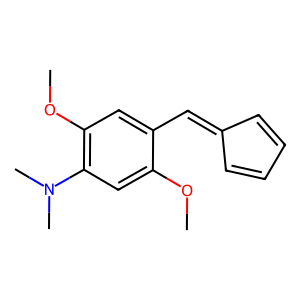
SMILES: COc1cc(N(C)C)c(OC)cc1C=C1C=CC=C1
Inhibits HIV replication: No